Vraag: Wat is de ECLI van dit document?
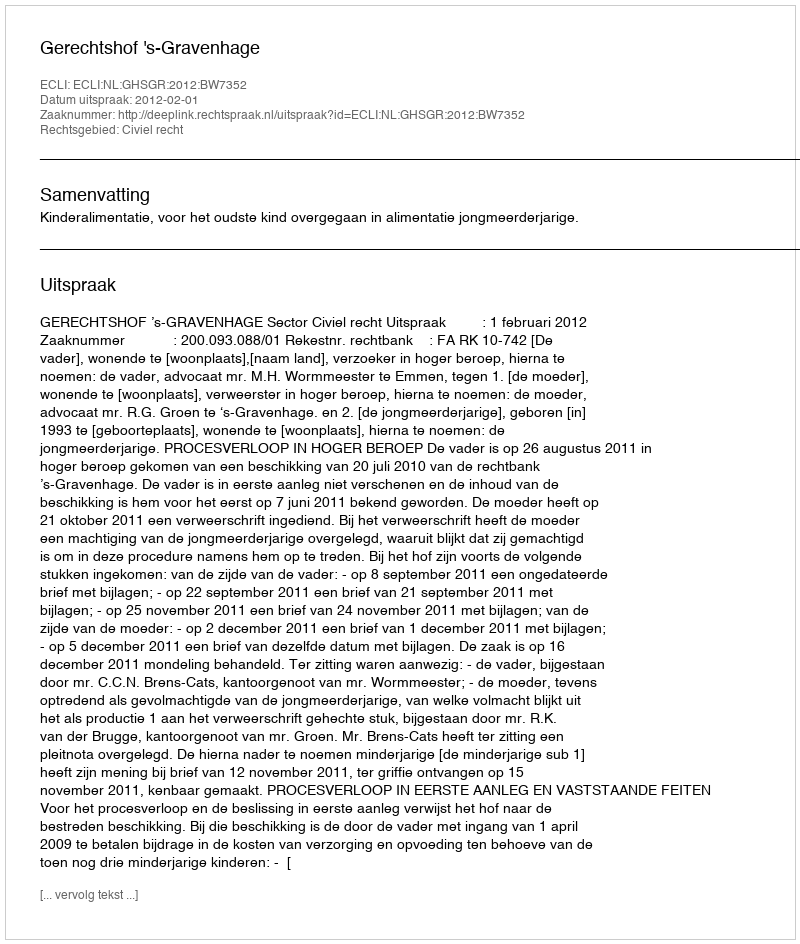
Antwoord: ECLI:NL:GHSGR:2012:BW7352